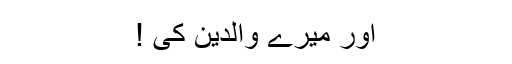
اور میرے والدین کی !